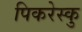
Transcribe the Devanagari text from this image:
पिकरेस्कु